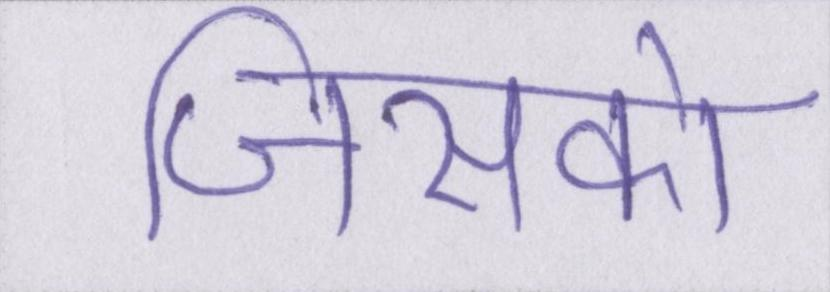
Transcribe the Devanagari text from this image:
जिसको